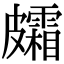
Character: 𥀸